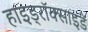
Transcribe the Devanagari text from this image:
हाइड्रॉक्साइडें